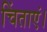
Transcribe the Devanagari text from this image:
चिंताएं।